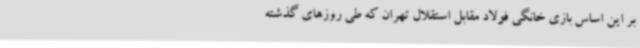
بر این اساس بازی خانگی فولاد مقابل استقلال تهران که طی روزهای گذشته